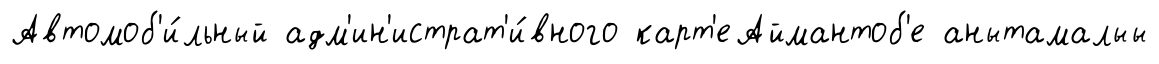
Автомоб'и́льный адм'ин'истрат'и́вного карт'еАймантоб'е анытамалыы